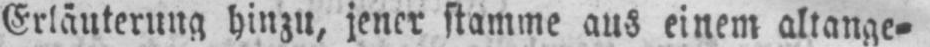
Erläuterung hinzu, jener stamme aus einem altange⸗